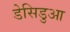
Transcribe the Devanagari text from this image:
डेसिडुआ